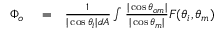
\begin{array} { r l r } { \Phi _ { o } } & { { } = } & { \frac { 1 } { | \cos \theta _ { i } | d A } \int \frac { | \cos \theta _ { o m } | } { | \cos \theta _ { m } | } F ( \theta _ { i } , \theta _ { m } ) } \end{array}